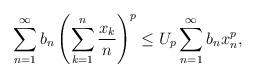
LaTeX: \begin{align*} \sum^{\infty}_{n=1}b_n \left (\sum^{n}_{k=1}\frac {x_k}{n} \right )^p \leq U_p\sum^{\infty}_{n=1}b_nx^p_n,\end{align*}